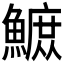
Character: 𫙴